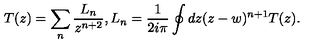
T ( z ) = \sum _ { n } \frac { L _ { n } } { z ^ { n + 2 } } , L _ { n } = \frac { 1 } { 2 i \pi } \oint { d z ( z - w ) ^ { n + 1 } } T ( z ) .